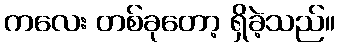
ကလေး တစ်ခုတော့ ရှိခဲ့သည်။